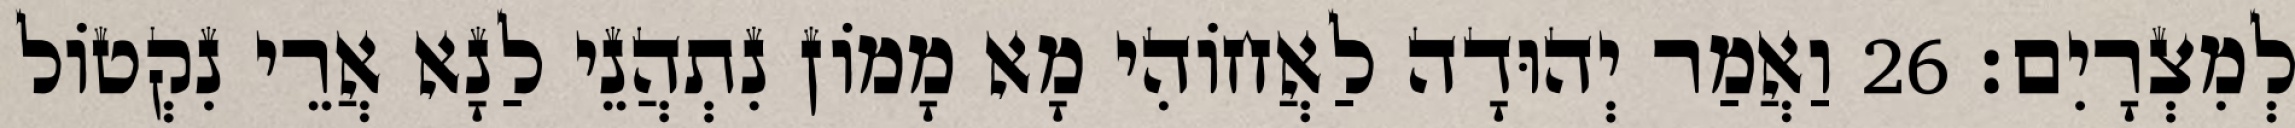
לְמִצְרָיִם׃ 26 וַאֲמַר יְהוּדָה לַאֲחוֹהִי מָא מָמוֹן נִתְהֲנֵי לַנָא אֲרֵי נִקְטוֹל